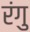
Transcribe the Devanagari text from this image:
रंगु